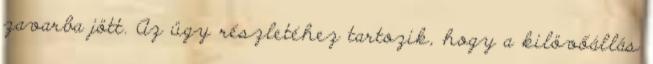
zavarba jött. Az ügy részletéhez tartozik, hogy a kilövőállás